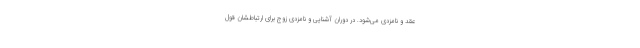
عقد و نامزدی می‌شود. در دوران آشنایی و نامزدی زوج برای ارتباطشان قول